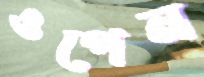
ওপেন